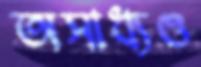
অসাধ্যও